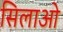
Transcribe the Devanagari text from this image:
सिलाओ